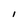
Character: l